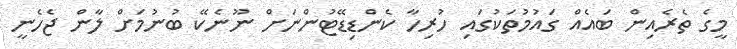
މީގެ ތެރެއިން ބައެއް ގައުމުތަކުގައި ހުރިހާ ކެންޑިޑޭޓުންނަށް ނޫނެކޭ ބުނުމަށް ލާން ޖެހެނީ